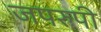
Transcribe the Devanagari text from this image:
जपरुपी